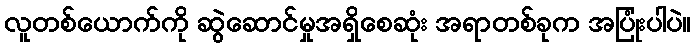
လူတစ်ယောက်ကို ဆွဲဆောင်မှုအရှိစေဆုံး အရာတစ်ခုက အပြုံးပါပဲ။